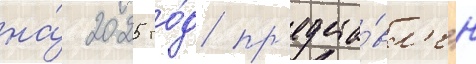
на́ 2025 го́д пр'едста́вл'ен